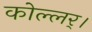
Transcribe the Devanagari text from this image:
कोल्लर्।